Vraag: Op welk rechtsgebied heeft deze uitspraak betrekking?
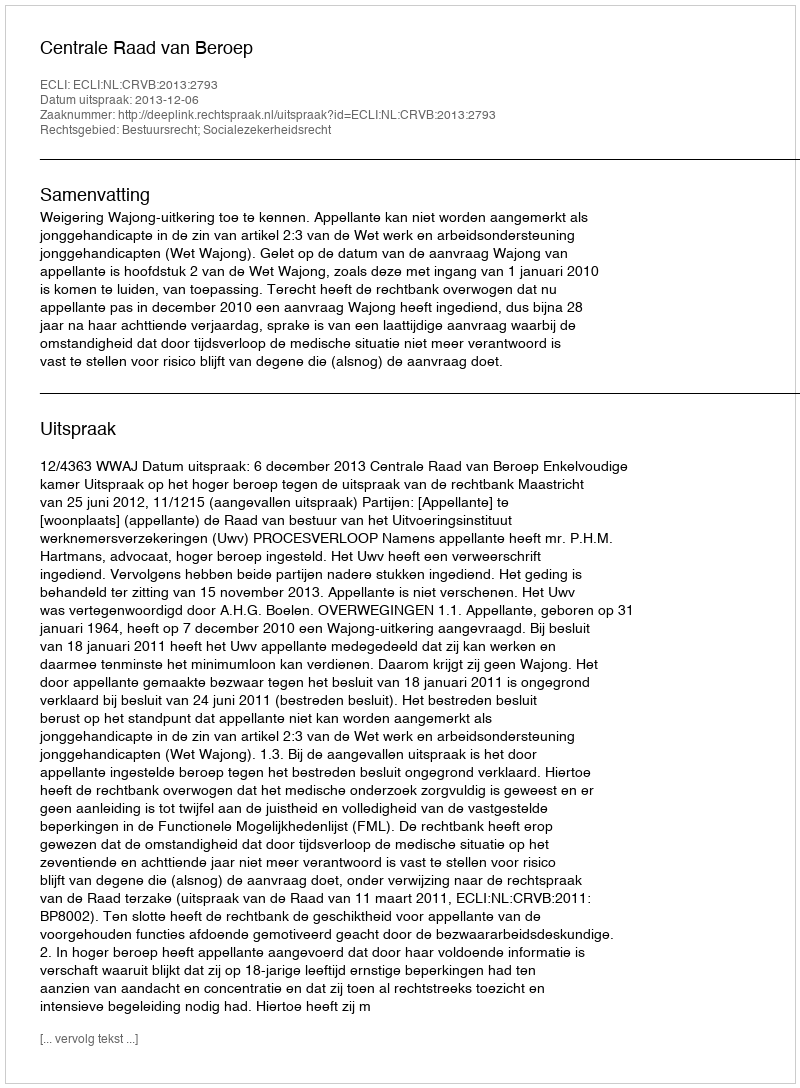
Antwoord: Bestuursrecht; Socialezekerheidsrecht